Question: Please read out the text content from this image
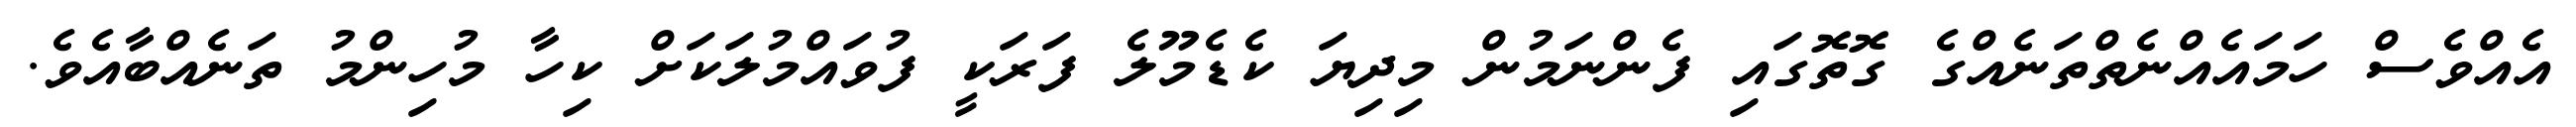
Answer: އެއްވެސް ހަމައެއްނެތްތަނެއްގެ ގޮތޮގައި ފެންނަމުން މިދިޔަ ކެޑެމޫލެ ފަރަކީ ފުވައްމުލަކަށް ކިހާ މުހިންމު ތަނެއްބާއެވެ.